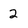
Character: 2